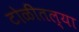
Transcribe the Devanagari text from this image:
टोळीतल्या